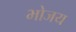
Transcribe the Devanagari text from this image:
भोजय